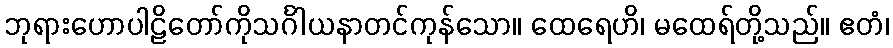
ဘုရားဟောပါဠိတော်ကိုသင်္ဂါယနာတင်ကုန်သော။ ထေရေဟိ၊ မထေရ်တို့သည်။ ဧတံ၊